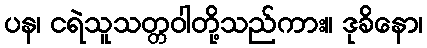
ပန၊ ငရဲသူသတ္တဝါတို့သည်ကား။ ဒုခိနော၊